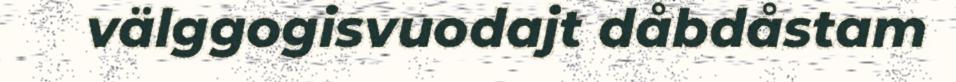
välggogisvuodajt dåbdåstam